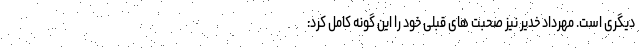
دیگری است. مهرداد خدیر نیز صحبت های قبلی خود را این گونه کامل کرد: